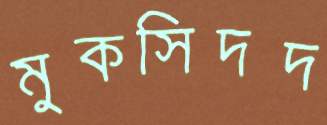
মুকসিদদ